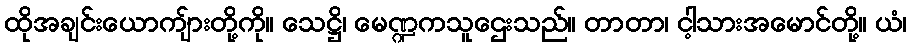
ထိုအချင်းယောကျ်ားတို့ကို။ သေဋ္ဌိ၊ မေဏ္ဍကသူဌေးသည်။ တာတာ၊ ငါ့သားအမောင်တို့။ ယံ၊